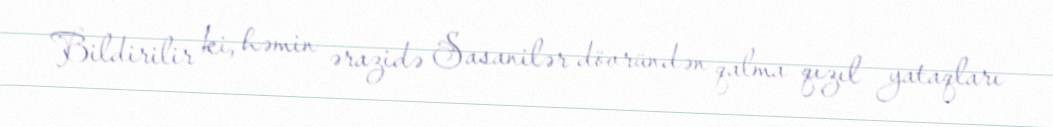
Bildirilir ki, həmin ərazidə Sasanilər dövründən qalma qızıl yataqları